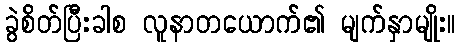
ခွဲစိတ်ပြီးခါစ လူနာတယောက်၏ မျက်နှာမျိုး။